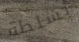
بسلطة